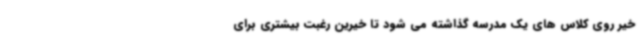
خیر روی کلاس های یک مدرسه گذاشته می شود تا خیرین رغبت بیشتری برای